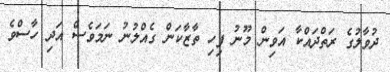
ދުވާލުގެ ރަތްދައްކާ އަވިން މޫނު ފިހި ތާޒާކަން ގެއްލުނު ނަމަވެސް އަދި ހާސްވެ